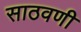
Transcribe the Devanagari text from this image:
साठवणी